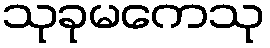
သုခုမကေသု